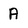
Character: A